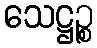
သေဋ္ဌဉ္စ